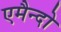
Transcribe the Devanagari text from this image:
एमैन्दो